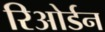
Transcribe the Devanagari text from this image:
रिओर्डन